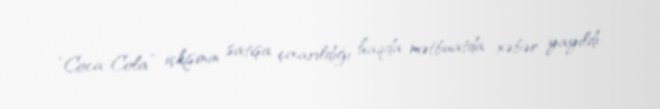
“Coca-Cola” içkisinin satışa çıxarıldığı haqda mətbuatda xəbər yayıldı.